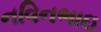
નવિનભાઇ